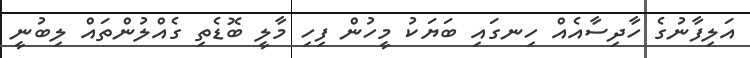
އަލިފާނުގެ ހާދިސާއެއް ހިނގައި ބަޔަކު މީހުން ފިހި މާލީ ބޮޑެތި ގެއްލުންތައް ލިބުނީ